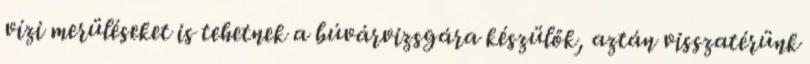
vízi merüléseket is tehetnek a búvárvizsgára készülők, aztán visszatérünk